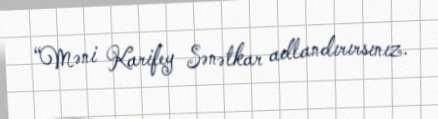
“Məni Karifey Sənətkar adlandırırsınız.